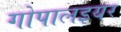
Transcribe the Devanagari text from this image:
गोपालइयर